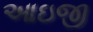
આઇજી